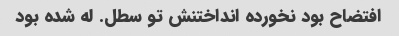
افتضاح بود نخورده انداختنش تو سطل. له شده بود